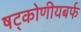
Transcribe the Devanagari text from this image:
षट्कोणीयबर्फ